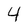
Character: 4